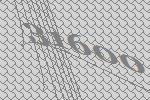
31600